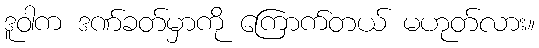
ဒူဝါက ဒဏ်ခတ်မှာကို ကြောက်တယ် မဟုတ်လား။